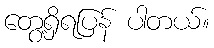
တွေ့ရှိရပြန် ပါတယ်။